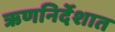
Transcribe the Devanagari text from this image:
ऋणनिर्देशात